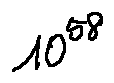
1 0 ^ { 5 8 }